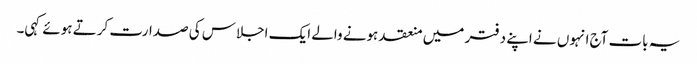
یہ بات آج انہوں نے اپنے دفتر میں منعقد ہونے والے ایک اجلاس کی صدارت کرتے ہوئے کہی۔